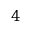
4